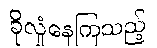
ခိုလှုံနေကြသည့်